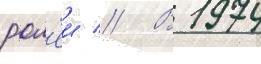
рол'еи // В 1974